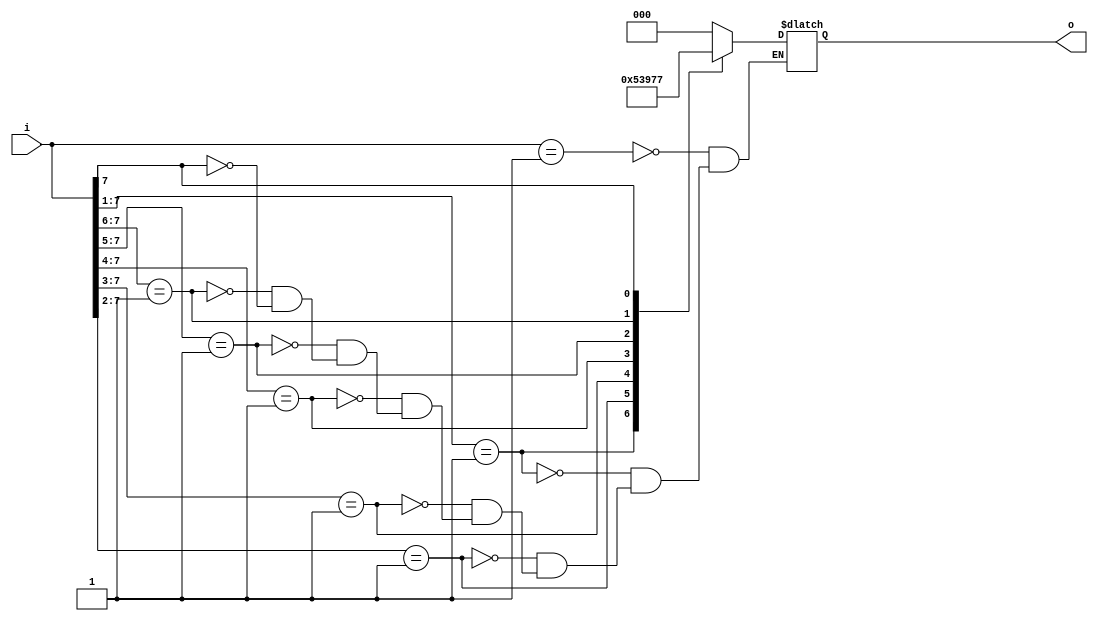
`timescale 1ns / 1ps
//////////////////////////////////////////////////////////////////////////////////
// Company: 
// Engineer: 
// 
// Design Name: 
// Module Name: priority_encoder
// Project Name: 
// Target Devices: 
// Tool Versions: 
// Description: 
// 
// Dependencies: 
// 
// Revision:
// Revision 0.01 - File Created
// Additional Comments:
// 
//////////////////////////////////////////////////////////////////////////////////


module priority_encoder(o,i);
    output reg [2:0] o;
    input [7:0] i;
    always @(*)
    casex (i)
        8'b00000001: o=3'b000;
        8'b0000001x: o=3'b001;
        8'b000001xx: o=3'b010;
        8'b00001xxx: o=3'b011;
        8'b0001xxxx: o=3'b100;
        8'b001xxxxx: o=3'b101;
        8'b01xxxxxx: o=3'b110;
        8'b1xxxxxxx: o=3'b111;
    endcase
endmodule